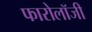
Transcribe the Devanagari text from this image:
फारोलॉजी